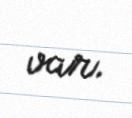
var.